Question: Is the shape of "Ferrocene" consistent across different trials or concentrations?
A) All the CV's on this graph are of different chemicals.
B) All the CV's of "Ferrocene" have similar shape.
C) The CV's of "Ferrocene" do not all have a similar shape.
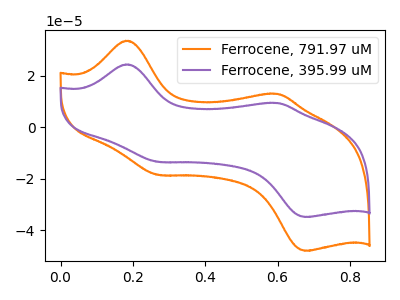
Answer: <think>The orange curve "Ferrocene, 791.97 uM" has anodic peaks at (0.20V, 33.70uA) (0.60V, 13.00uA) and cathodic peaks at (0.25V, -18.55uA) (0.70V, -48.05uA). The purple curve "Ferrocene, 395.99 uM" has anodic peaks at (0.20V, 24.50uA) (0.60V, 9.45uA) and cathodic peaks at (0.25V, -13.45uA) (0.70V, -34.90uA).
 All the peaks in "Ferrocene, 791.97 uM" have a peak in "Ferrocene, 395.99 uM" at the same potential. Every peak in "Ferrocene, 791.97 uM" is higher than every peak in "Ferrocene, 395.99 uM".</think>
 <answer>B) All the CV's of "Ferrocene" have similar shape.</answer>
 <eval>B</eval>